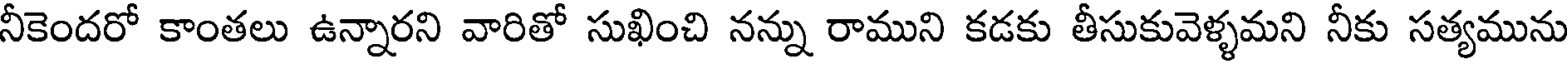
నీకెందరో కాంతలు ఉన్నారని వారితో సుఖించి నన్ను రాముని కడకు తీసుకువెళ్ళమని నీకు సత్యమును